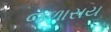
જળાસય